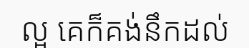
ល្អ គេក៏គង់នឹកដល់